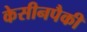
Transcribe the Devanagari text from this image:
केसीनपैकी